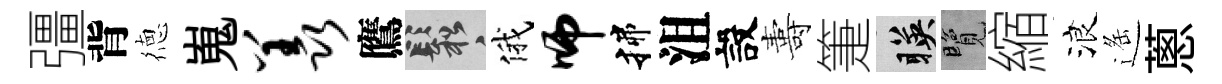
彊背徳嵬羡鷹鬆俄师揲沮設夀箑暎覽縮浪遥蔥